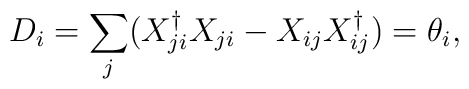
D_i=\sum_j (X_{ji}^\dagger X_{ji}-X_{ij}X_{ij}^\dagger )=\theta_i,